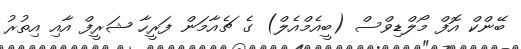
ބޭންކް އޮފް މޯލްޑިވްސް (ބީއެމްއެލް) ގެ ޗެއާމަން ފަރީހާ ޝަރީފް އާއި އިތުރު